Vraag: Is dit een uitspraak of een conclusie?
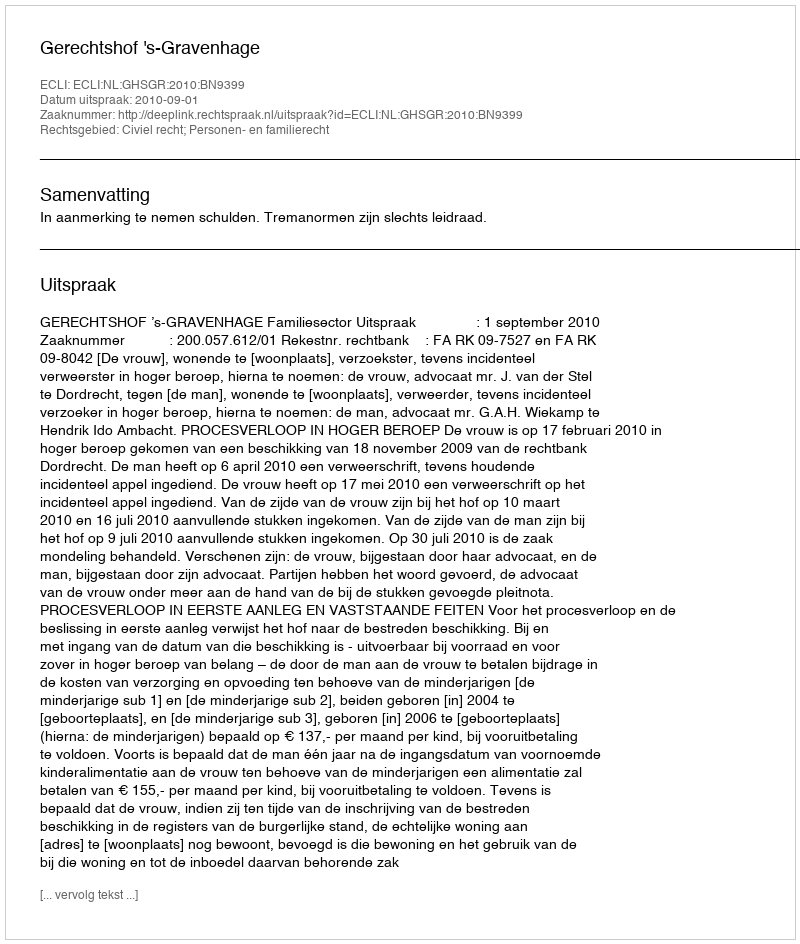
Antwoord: Uitspraak